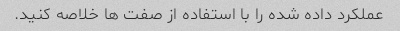
عملکرد داده شده را با استفاده از صفت ها خلاصه کنید.